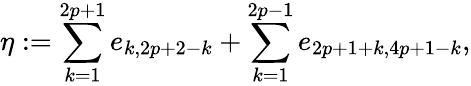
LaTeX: \eta:=\sum_{k=1}^{2p+1}e_{k,2p+2-k}+\sum_{k=1}^{2p-1}e_{2p+1+k,4p+1-k},